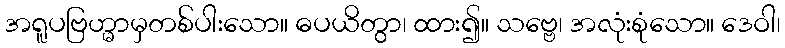
အရူပဗြဟ္မာမှတစ်ပါးသော။ ဓပယိတွာ၊ ထား၍။ သဗ္ဗေ၊ အလုံးစုံသော။ ဒေဝါ၊